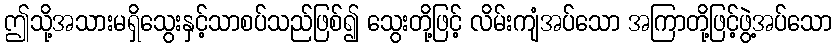
ဤသို့အသားမရှိသွေးနှင့်သာစပ်သည်ဖြစ်၍ သွေးတို့ဖြင့် လိမ်းကျံအပ်သော အကြာတို့ဖြင့်ဖွဲ့အပ်သော